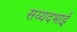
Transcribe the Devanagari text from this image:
सय्यदभाई